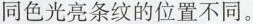
同色光亮条纹的位置不同。